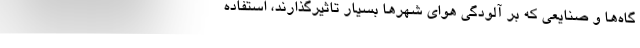
گاه‌ها و صنایعی که بر آلودگی هوای شهرها بسیار تاثیرگذارند، استفاده